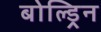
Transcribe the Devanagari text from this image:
बोल्ड्रिन